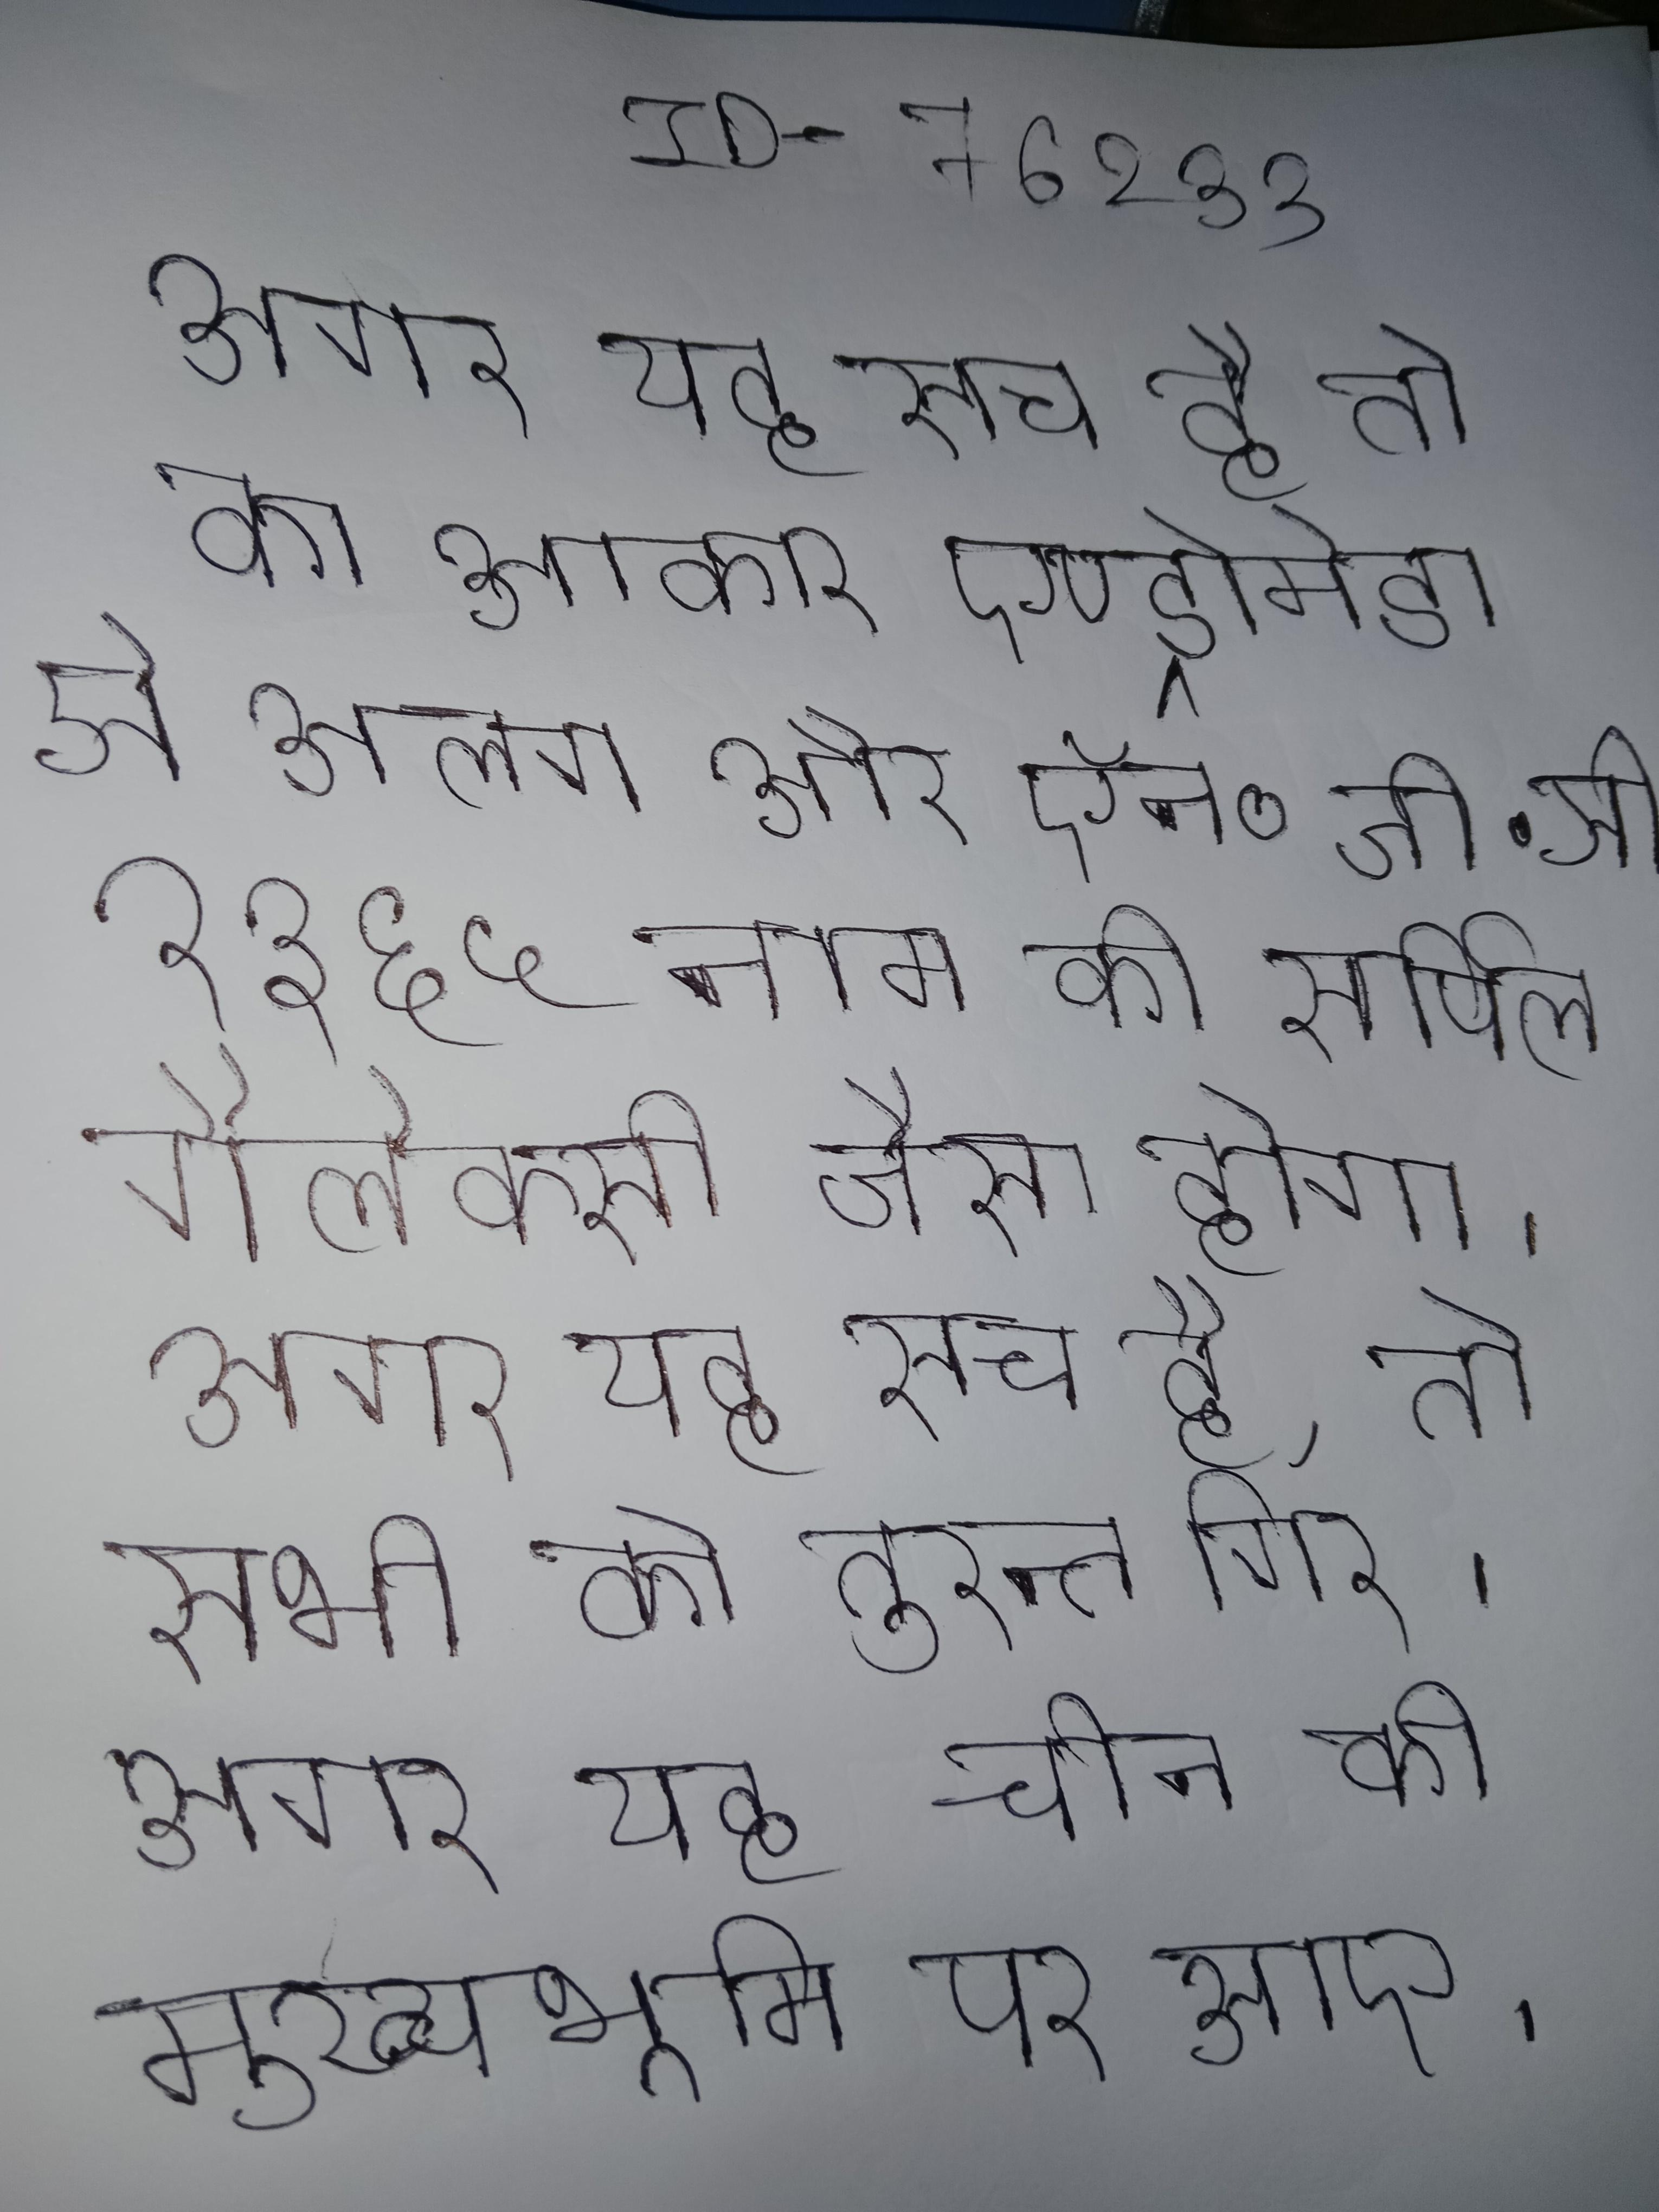
अगर यह सच है तो का आकार एण्ड्रोमेडा से अलग और ऍन॰जी॰सी॰ १३६५ नाम की सर्पिल गैलेक्सी जैसा होगा । अगर यह सच है, तो सभी को तुरन्त गिर जाएगा, परमाणु स्थिर होने लगते । अगर यह सत्य है तो है कि के पूर्वज ताइवान से चीन की मुख्यभूमि पर आए ।